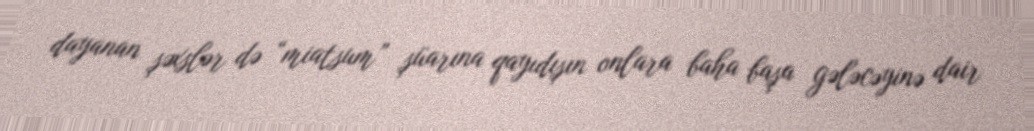
dayanan şəxslər də “miatsum” şüarına qayıdışın onlara baha başa gələcəyinə dair